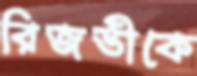
রিজভীকে